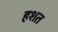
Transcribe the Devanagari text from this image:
हशत